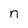
Character: n